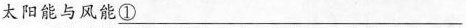
太阳能与风能\underline{①}